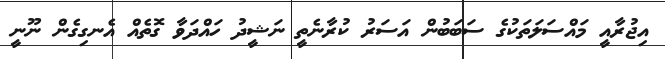
އިޖުރާއީ މައްސަލަތަކުގެ ސަބަބުން އަސަރު ކުރާނެތީ ނަޝީދު ހައްދަވާ ގޮތެއް އެނގިގެން ނޫނީ